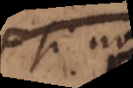
si non